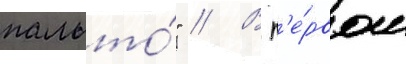
пальто́" // В п'е́рвом